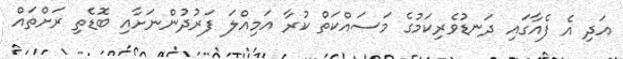
އަދި އެ ފެއާގައި ދަނޑުވެރިކަމުގެ މަސައްކަތް ކުރާ އަމިއްލަ ފަރުދުންނަށާއި ބޮޑެތި ރަށްތައް